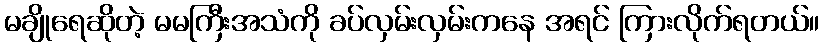
မချိုရေဆိုတဲ့ မမကြီးအသံကို ခပ်လှမ်းလှမ်းကနေ အရင် ကြားလိုက်ရတယ်။